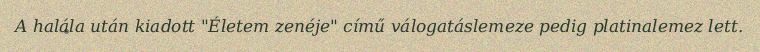
A halála után kiadott "Életem zenéje" című válogatáslemeze pedig platinalemez lett.